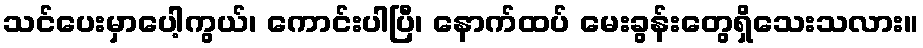
သင်ပေးမှာပေါ့ကွယ်၊ ကောင်းပါပြီ၊ နောက်ထပ် မေးခွန်းတွေရှိသေးသလား။